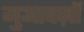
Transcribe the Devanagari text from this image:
मुआवज़ों